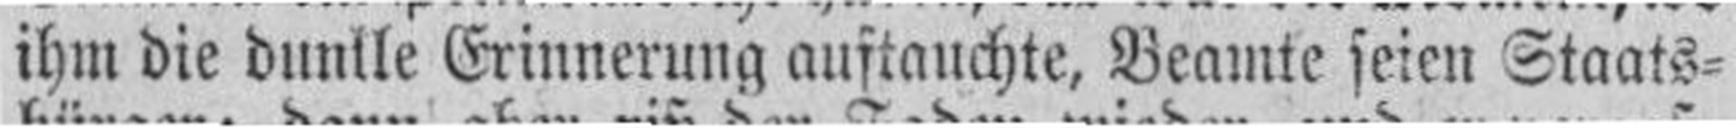
ihm die dunlle Erinnerung auftauchte, Beamte seien Staats¬